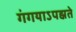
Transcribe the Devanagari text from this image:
गंगयाऽपह्नते